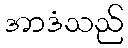
အာဒံသည်